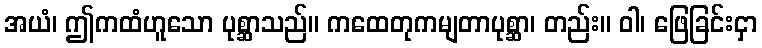
အယံ၊ ဤကထံဟူသော ပုစ္ဆာသည်။ ကထေတုကမျတာပုစ္ဆာ၊ တည်း။ ဝါ၊ ဖြေခြင်းငှာ